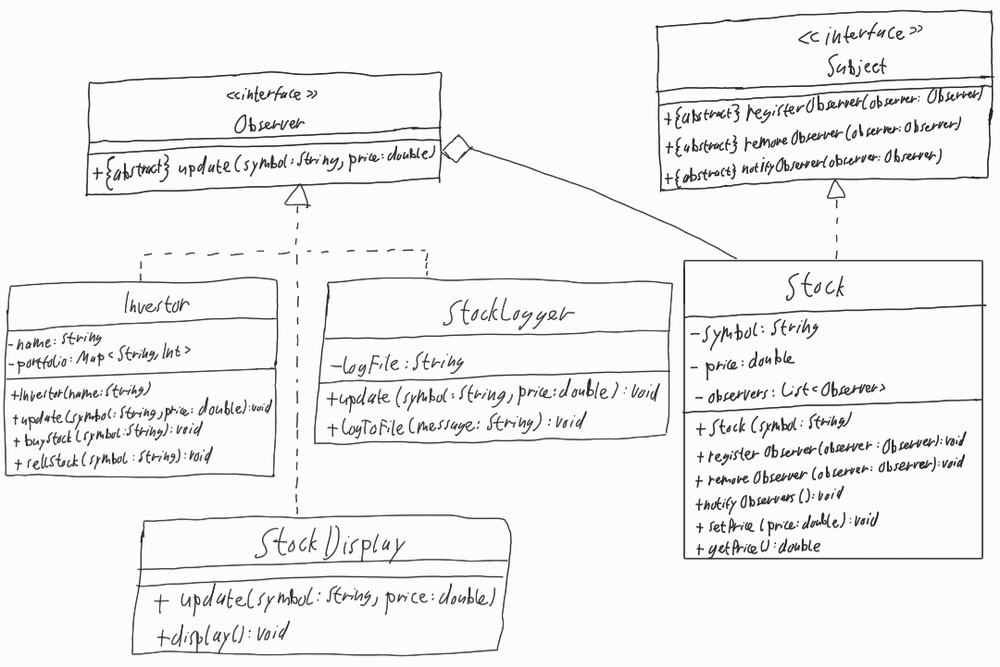
Diagram type: class_diagram
```plantuml
@startuml

interface Observer {
  + {abstract} update(symbol: String, price: double)
}

class Investor implements Observer {
  - name: String
  - portfolio: Map<String, Int>
  + Investor(name: String)
  + update(symbol: String, price: double): void
  + buyStock(symbol: String): void
  + sellStock(symbol: String): void
}

class StockDisplay implements Observer {
  + update(symbol: String, price: double)
  + display(): void
}

class StockLogger implements Observer {
  - logFile: String
  + update(symbol: String, price: double): void
  + logToFile(message: String): void
}

interface Subject {
  + {abstract} registerObserver(observer: Observer)
  + {abstract} removeObserver(observer: Observer)
  + {abstract} notifyObserver(observer: Observer)
}

class Stock implements Subject {
  - symbol: String
  - price: double
  - observers: List<Observer>
  + Stock(symbol: String)
  + registerObserver(observer: Observer): void
  + removeObserver(observer: Observer): void
  + notifyObserver(observer: Observer): void
  + setPrice(price: double): void
  + getPrice(): double
}

Observer o-- Stock

@enduml
```